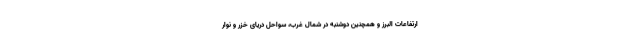
ارتفاعات البرز و همچنین دوشنبه در شمال غرب، سواحل دریای خزر و نوار